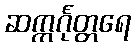
ဆက္ကင်္ဂုတ္တရေ